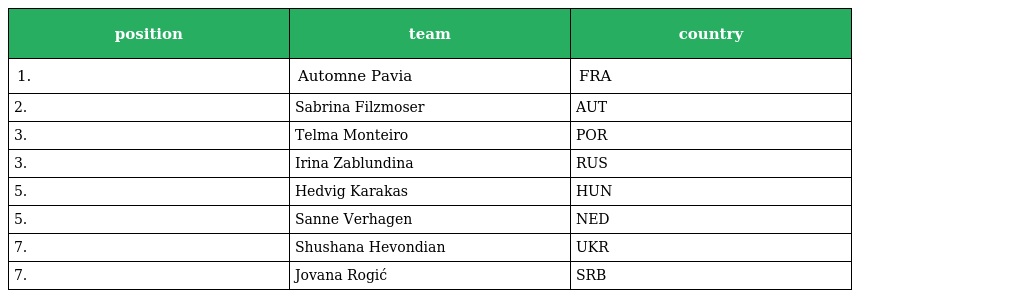
| position | team | country |
 | --- | --- | --- |
 | 1. | Automne Pavia | FRA |
 | 2. | Sabrina Filzmoser | AUT |
 | 3. | Telma Monteiro | POR |
 | 3. | Irina Zablundina | RUS |
 | 5. | Hedvig Karakas | HUN |
 | 5. | Sanne Verhagen | NED |
 | 7. | Shushana Hevondian | UKR |
 | 7. | Jovana Rogić | SRB |